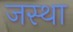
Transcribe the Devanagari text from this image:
जस्था